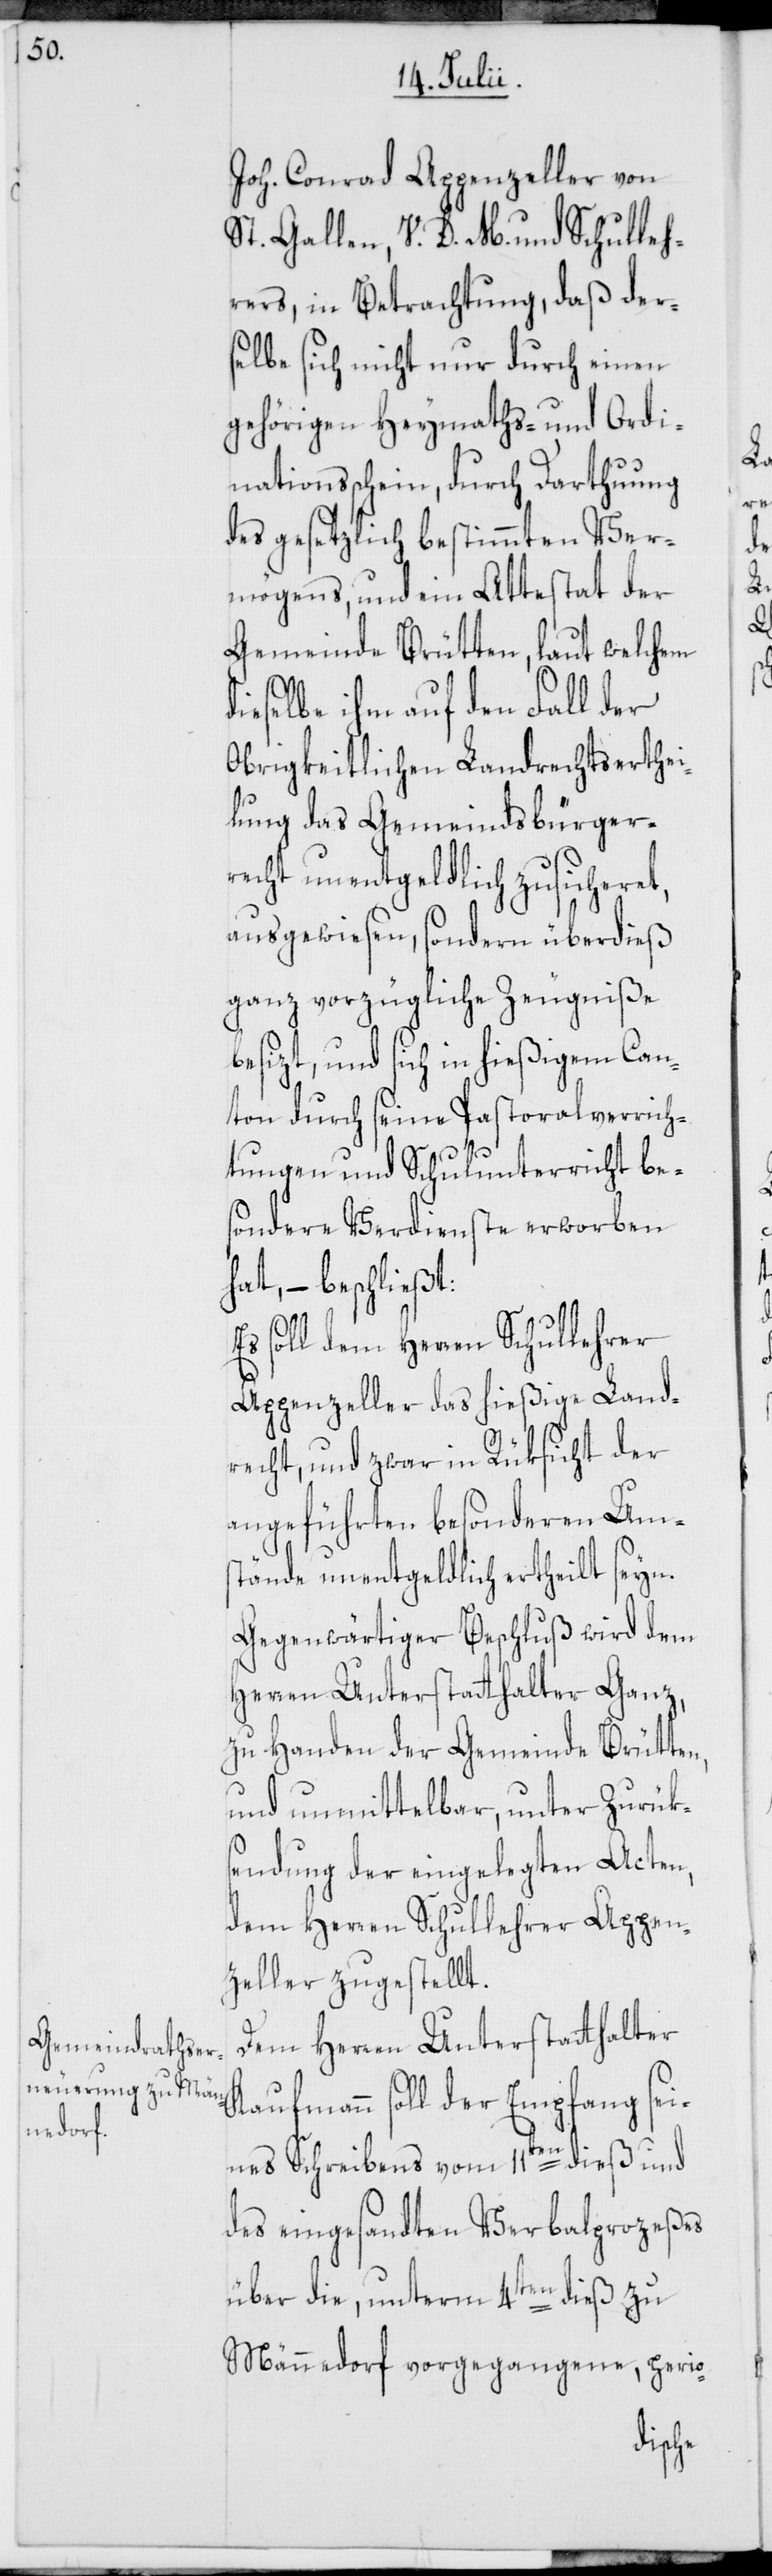
Joh. Conrad Appenzeller von
St. Gallen, V. D. M. und Schulleh¬
rers, in Betrachtung, daß der¬
selbe sich nicht nur durch einen
gehörigen Heymaths- und Ordi¬
nationsschein, durch Darthuung
des gesetzlich bestimmten Ver¬
mögens, und ein Attestat der
Gemeinde Brütten, laut welchem
dieselbe ihm auf den Fall der
Obrigkeitlichen Landrechtserthei¬
lung das Gemeindsbürger¬
recht unentgeldlich zusicheret,
ausgewiesen, sondern überdieß
ganz vorzügliche Zeugniße
besizt, und sich in hießigem Can¬
ton durch seine Pastoralverrich¬
tungen und Schulunterricht be¬
sondere Verdienste erworben
hat, – beschließt:
Es soll dem Herren Schullehrer
Appenzeller das hießige Land¬
recht, und zwar in Rüksicht der
angeführten besonderen Um¬
stände unentgeldlich ertheilt seyn.
Gegenwärtiger Beschluß wird dem
Herren Unterstatthalter Ganz,
zu Handen der Gemeinde Brütten,
und unmittelbar, unter Zurüks¬
endung der eingelegten Acten,
dem Herren Schullehrer Appen¬
zeller zugestellt.
Dem Herren Unterstatthalter
Kaufmann soll der Empfang sei¬
nes Schreibens vom 11ten dieß und
des eingesandten Verbalprozeßes
über die, unterm 4ten dieß zu
Männedorf vorgegangene, perio-